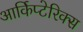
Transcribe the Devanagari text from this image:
आर्किप्टेरिक्स